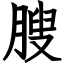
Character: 膄